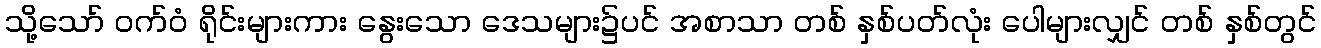
သို့သော် ဝက်ဝံ ရိုင်းများကား နွေးသော ဒေသများ၌ပင် အစာသာ တစ် နှစ်ပတ်လုံး ပေါများလျှင် တစ် နှစ်တွင်